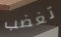
تغضب